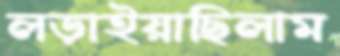
লড়াইয়াছিলাম